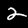
Label: 2